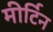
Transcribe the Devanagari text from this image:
मीर्टिन